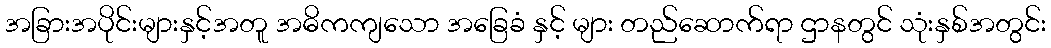
အခြားအပိုင်းများနှင့်အတူ အဓိကကျသော အခြေခံ နှင့် များ တည်ဆောက်ရာ ဌာနတွင် သုံးနှစ်အတွင်း